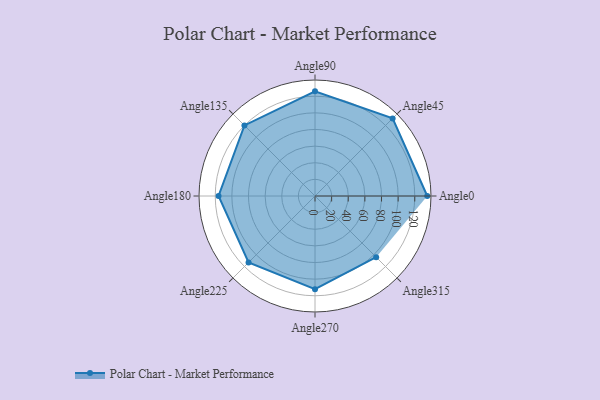
{"axis": {"x": "Angle", "y": "Radius"}, "legend": [""], "data": [{"x": "Angle0", "y": 135.0, "type": ""}, {"x": "Angle45", "y": 132.0, "type": ""}, {"x": "Angle90", "y": 126.0, "type": ""}, {"x": "Angle135", "y": 120.0, "type": ""}, {"x": "Angle180", "y": 116.0, "type": ""}, {"x": "Angle225", "y": 113.0, "type": ""}, {"x": "Angle270", "y": 112.0, "type": ""}, {"x": "Angle315", "y": 104.0, "type": ""}]}